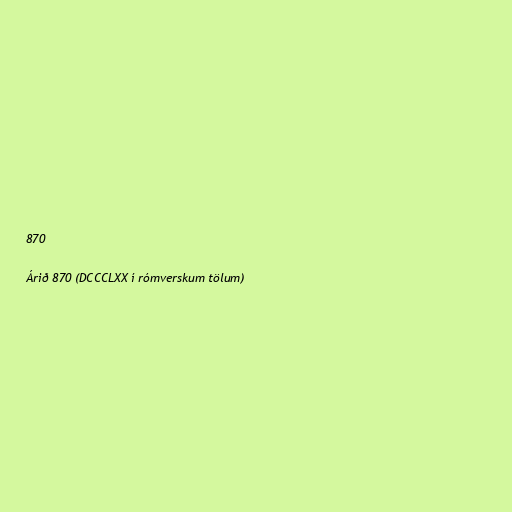
870

Árið 870 (DCCCLXX í rómverskum tölum)